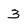
Character: 3